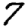
Digit: 7